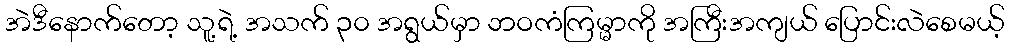
အဲဒီနောက်တော့ သူ့ရဲ့ အသက် ၃၀ အရွယ်မှာ ဘဝကံကြမ္မာကို အကြီးအကျယ် ပြောင်းလဲစေမယ့်